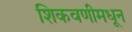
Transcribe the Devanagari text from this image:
शिकवणीमधून